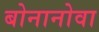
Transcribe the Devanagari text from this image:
बोनानोवा